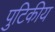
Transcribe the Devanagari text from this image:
पुटिकीय